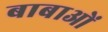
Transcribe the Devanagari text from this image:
बाबाओं